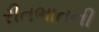
રીતભાતની